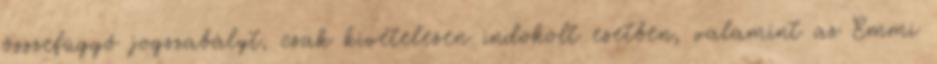
összefüggő jogszabályt, csak kivételesen indokolt esetben, valamint az Emmi